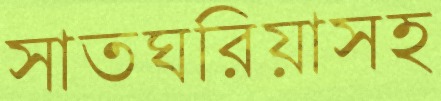
সাতঘরিয়াসহ